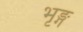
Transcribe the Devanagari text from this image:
भृङ्ग